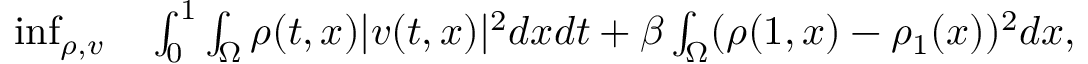
\begin{array} { r l } { \operatorname* { i n f } _ { \rho , v } } & { { } \int _ { 0 } ^ { 1 } \int _ { \Omega } \rho ( t , x ) | v ( t , x ) | ^ { 2 } d x d t + \beta \int _ { \Omega } ( \rho ( 1 , x ) - \rho _ { 1 } ( x ) ) ^ { 2 } d x , } \end{array}